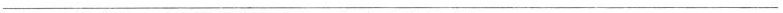
___